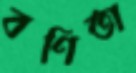
বণিতা